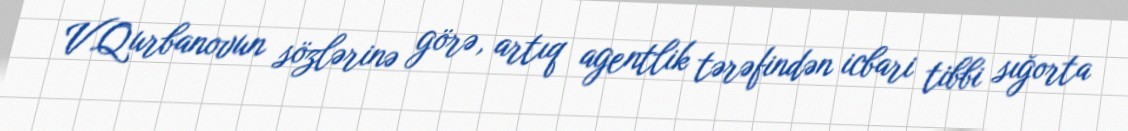
V.Qurbanovun sözlərinə görə, artıq agentlik tərəfindən icbari tibbi sığorta